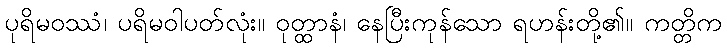
ပုရိမဝဿံ၊ ပရိမဝါပတ်လုံး။ ဝုတ္ထာနံ၊ နေပြီးကုန်သော ရဟန်းတို့၏။ ကတ္တိက